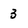
Character: 3